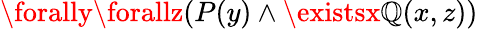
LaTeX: \forally\forallz(P(y)\land\existsx\mathbb{Q}(x,z))